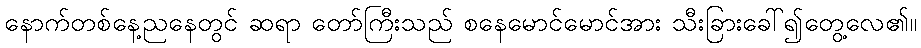
နောက်တစ်နေ့ညနေတွင် ဆရာ တော်ကြီးသည် စနေမောင်မောင်အား သီးခြားခေါ်၍တွေ့လေ၏။